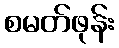
စမတ်ဖုန်း